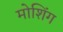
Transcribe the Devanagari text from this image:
मोशिंग